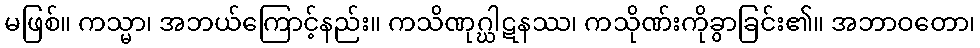
မဖြစ်။ ကသ္မာ၊ အဘယ်ကြောင့်နည်း။ ကသိဏုဂ္ဃါဋနဿ၊ ကသိုဏ်းကိုခွာခြင်း၏။ အဘာဝတော၊